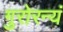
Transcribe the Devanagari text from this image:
गुरोरन्यं